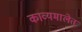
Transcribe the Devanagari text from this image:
काव्यमालेत